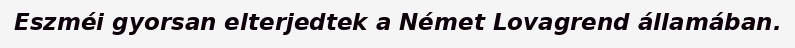
Eszméi gyorsan elterjedtek a Német Lovagrend államában.